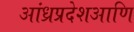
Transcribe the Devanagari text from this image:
आंध्रप्रदेशआणि